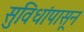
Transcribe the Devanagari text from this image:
सुविधांपासून